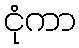
ငုံကာ